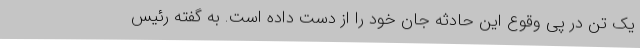
یک تن در پی وقوع این حادثه جان خود را از دست داده است. به گفته رئیس